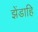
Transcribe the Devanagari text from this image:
झेंडाहि